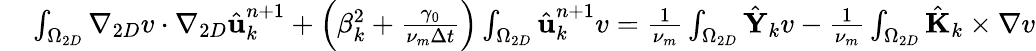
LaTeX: \begin{array}{rl}{\small}&{{}\int_{\Omega_{2D}}\nabla_{2D}v\cdot\nabla_{2D}\hat{\textbf{u}}_{k}^{n+1}+\left(\beta_{k}^{2}+\frac{\gamma_{0}}{\nu_{m}\Delta t}\right)\int_{\Omega_{2D}}\hat{\textbf{u}}_{k}^{n+1}v=\frac{1}{\nu_{m}}\int_{\Omega_{2D}}\hat{\textbf{Y}}_{k}v-\frac{1}{\nu_{m}}\int_{\Omega_{2D}}\hat{\textbf{K}}_{k}\times\nabla v}\end{array}